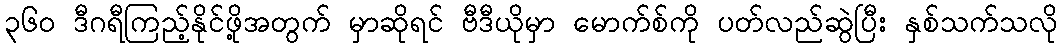
၃၆၀ ဒီဂရီကြည့်နိုင်ဖို့အတွက် မှာဆိုရင် ဗီဒီယိုမှာ မောက်စ်ကို ပတ်လည်ဆွဲပြီး နှစ်သက်သလို